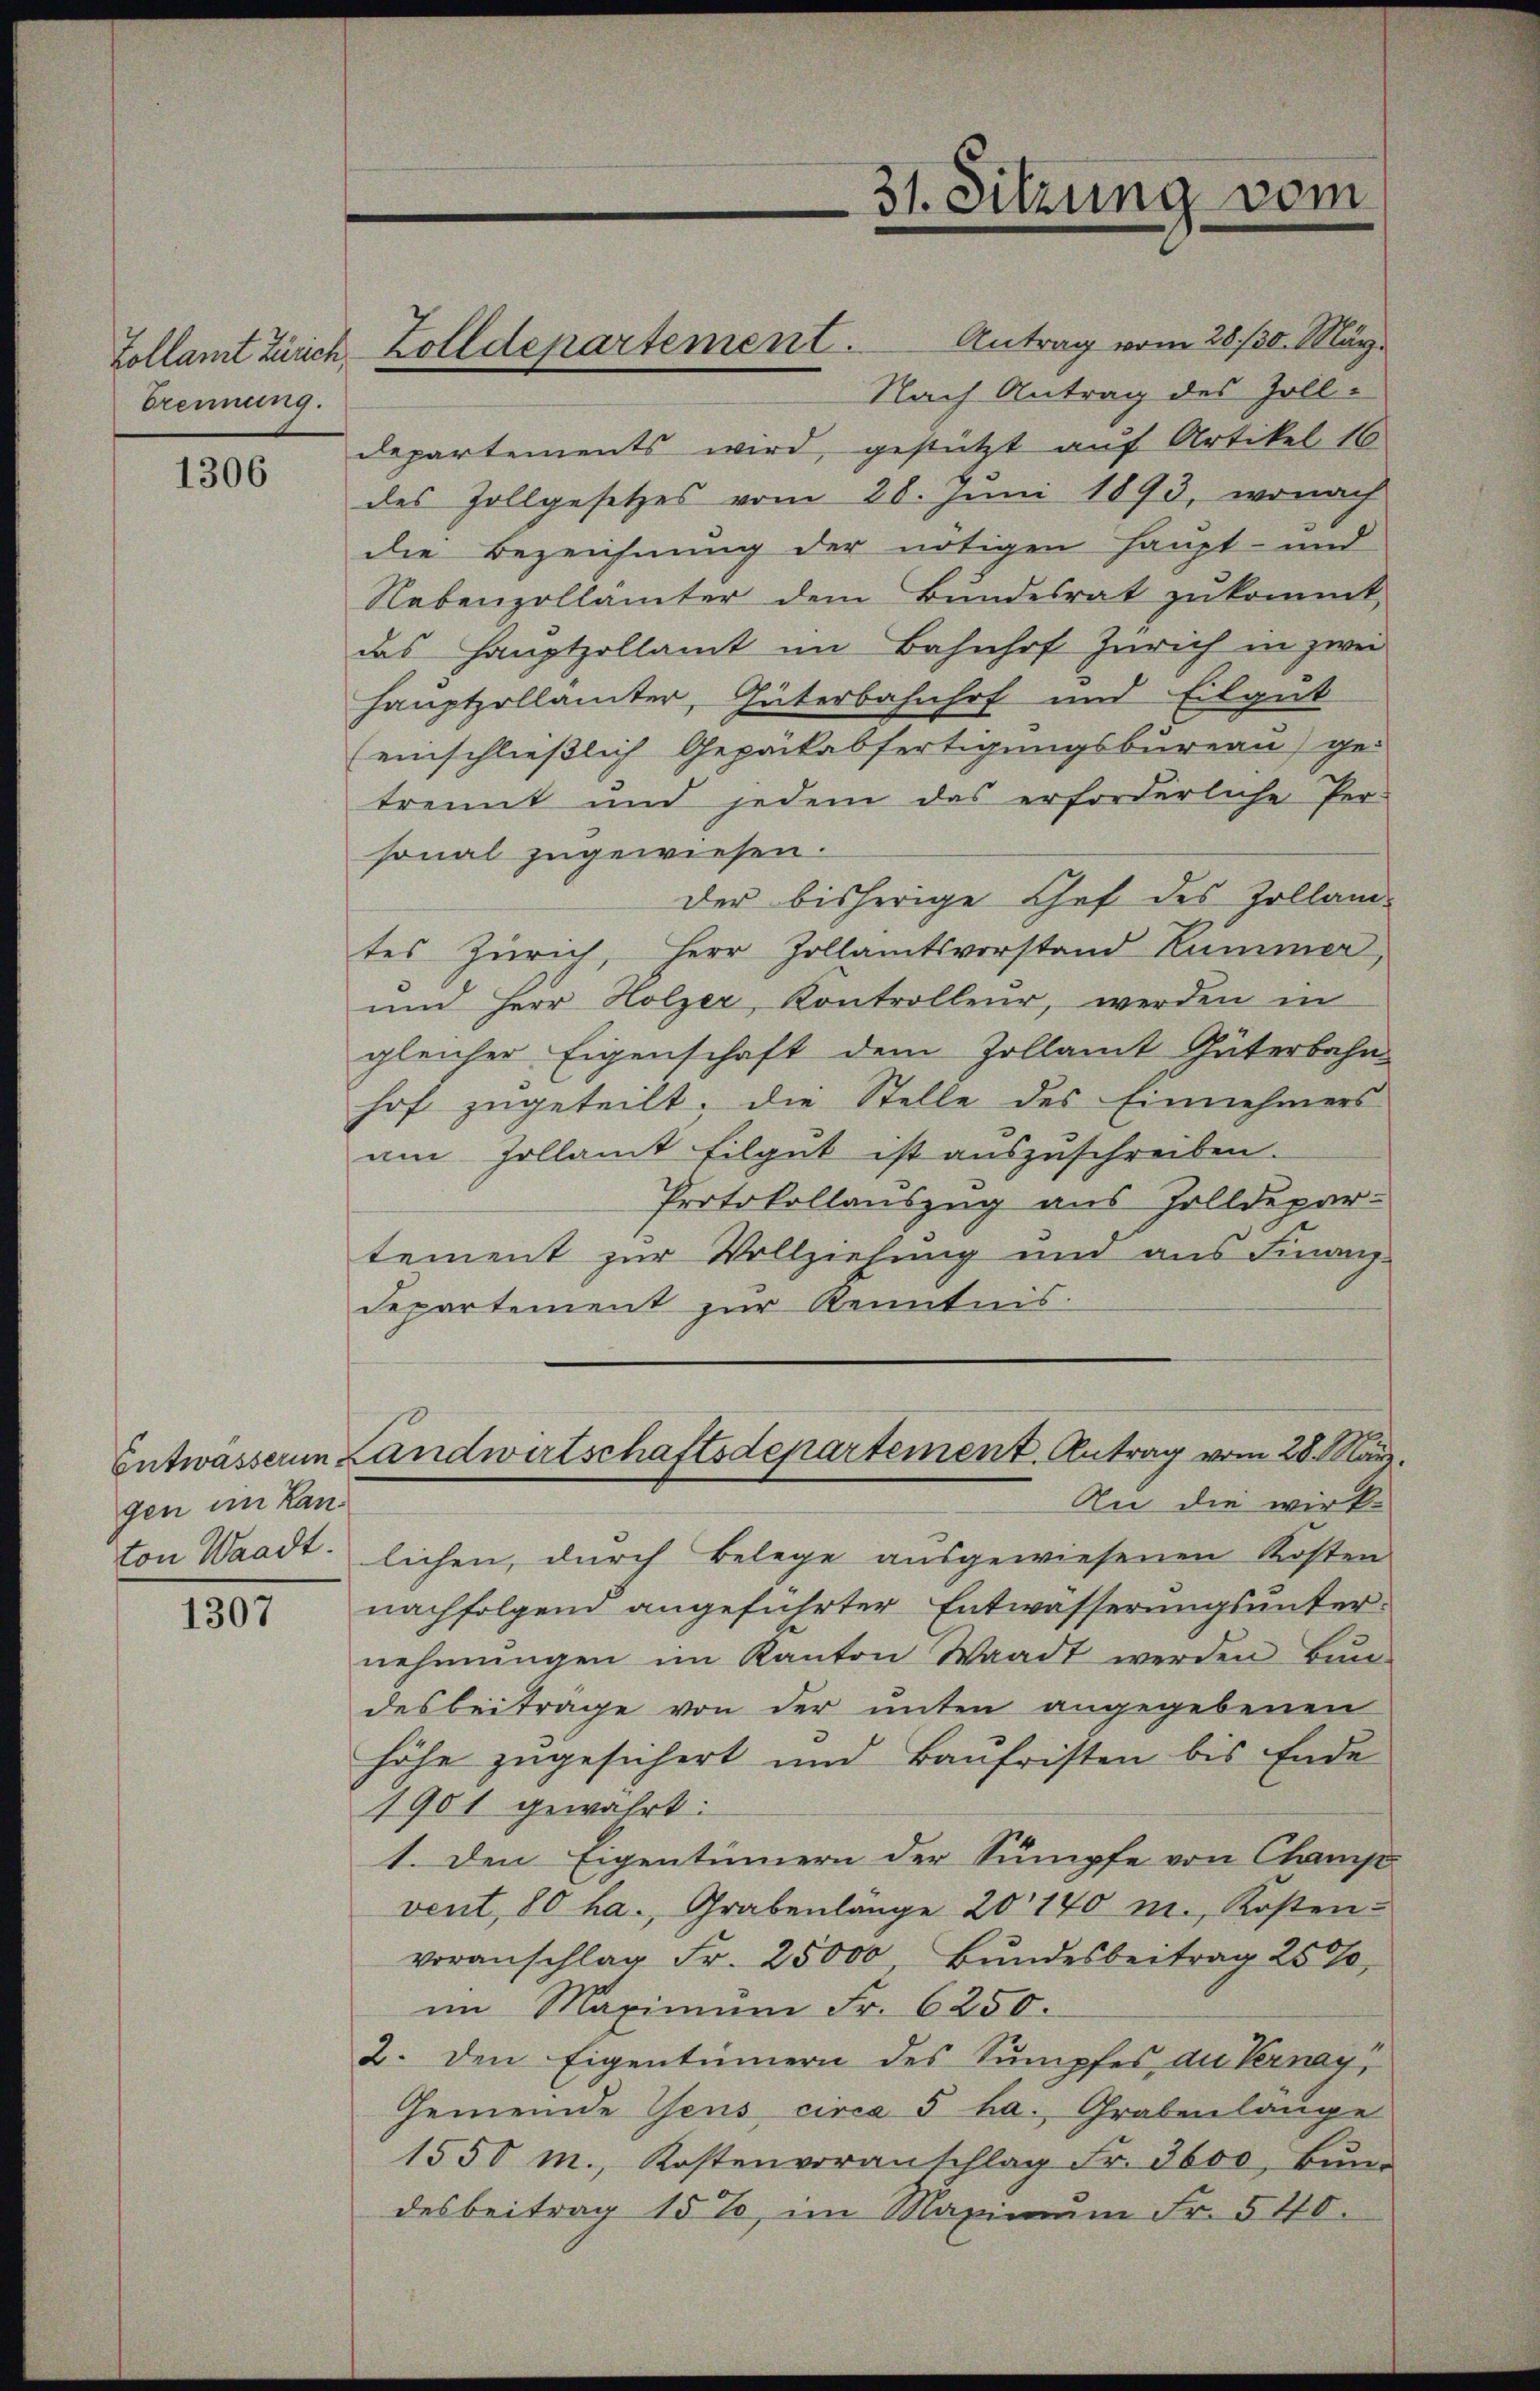
Zollamt Zürich,
brennung.

1306

gen im Lan¬

1817.

Nach Antrag des Zoll-
departements wird, gestützt auf Artikel 16
des Zollgesetzes vom 28. Juni 1893, wonach
die Bezeichnung der nötigen Haupt- und
Nebenzollämter dem Bundesrat zŭkommt,
das Hauptzollamt im Bahnhof Zürich in zwei
Hauptzollämter, Güterbahnhof und Eilgut
einschließlich Gepäckabfertigungsbureau) ge-
trennt und jedem das erforderliche Per-
sonal zugewiesen.
der bisherige Chef des Zollam-
tes Zürich, Herr Zollamtsvorstand Kummer,
und Herr Holzer, Kontrolleur, werden in
gleicher Eigenschaft dem Zollamt Güterbahn
hof zugeteilt, die Stelle des Einnehmers
am Zollamt filgut ist auszuschreiben.
Protokollauszug aus Zolldepartement zur Vollziehung und aus Finanz-
Departement zur Kenntnis.
Entwässern Landwirtschaftsdepartement. Antrag vom 28. März.
An die wirk-
ton Waadt: lichen, durch Belege aŭsgewiesenen Kosten
nachfolgend angeführter Entwässerungsunter-
nehmungen im Kanton Waadt werden Bun-
desbeitrage von der unten angegebenen
höhe zugesichert und Baufristen bis Ende
1901 gewährt:
1. Den Eigentümern der Sumpfe von Champ
vent, 80 ha., Grabenlange 20140 m., Kosten-
voranschlag Fr. 25000 Bundesbeitrag 25%,
im Maximŭm Fr. 6250.
2. den Eigentümern des Sumpfes der Vernay,
Gemeinde Gens circa 5 ha. Grabenlänge
1550 m., Kostenvoranschlag Fr. 3600 Bŭn-
desbeitrag 15%, im Maximŭm Fr. 540.

Zolldepartement. Antrag vom 28./30. März.

31. Sitzung vom